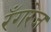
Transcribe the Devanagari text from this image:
रँगरेज